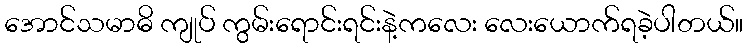
အောင်သမာဓိ ကျုပ် ကွမ်းရောင်းရင်းနဲ့ကလေး လေးယောက်ရခဲ့ပါတယ်။